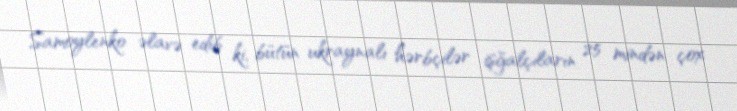
Samoylenko əlavə edib ki, bütün ukraynalı hərbçilər işğalçıların 25 mindən çox